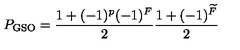
P _ { \mathrm { G S O } } = \frac { 1 + ( - 1 ) ^ { p } ( - 1 ) ^ { F } } { 2 } \frac { 1 + ( - 1 ) ^ { \widetilde F } } { 2 }